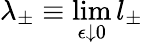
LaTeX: \lambda_{\pm}\equiv\operatorname*{lim}_{\epsilon\downarrow 0}l_{\pm}